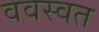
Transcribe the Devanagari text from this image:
ववस्वत